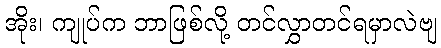
အိုး၊ ကျုပ်က ဘာဖြစ်လို့ တင်လွှာတင်ရမှာလဲဗျ